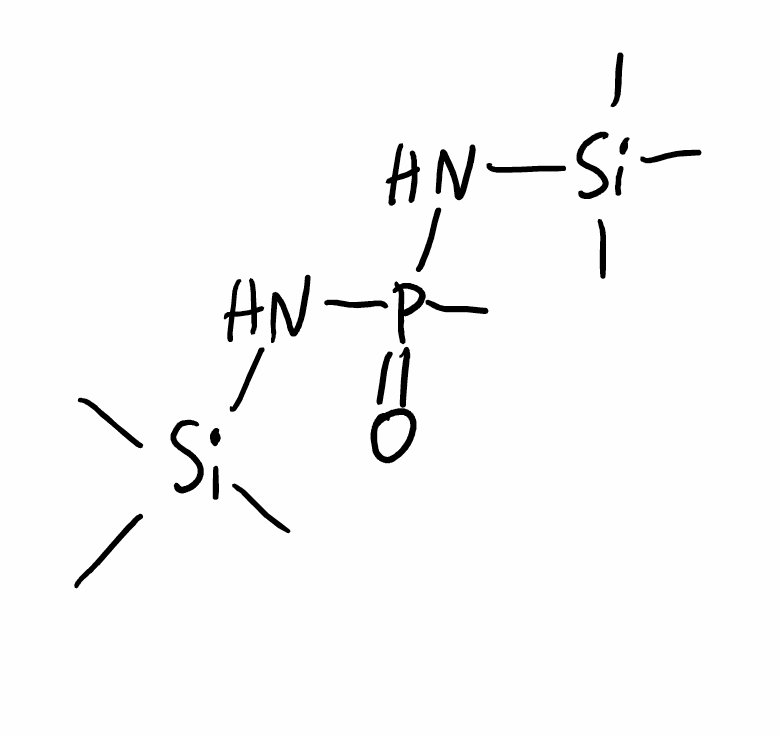
Simplified molecular-input line-entry system (SMILES) notation of the given molecule:
C[Si](C)(C)NP(=O)(C)N[Si](C)(C)C